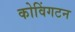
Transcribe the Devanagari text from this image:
कोविंगटन